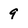
Character: 9